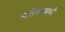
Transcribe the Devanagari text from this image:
नलिकामध्ये